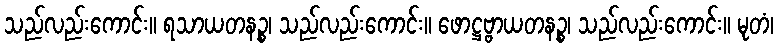
သည်လည်းကောင်း။ ရသာယတနဉ္စ၊ သည်လည်းကောင်း။ ဖောဋ္ဌဗ္ဗာယတနဉ္စ၊ သည်လည်းကောင်း။ မုတံ၊